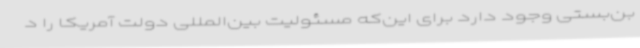
بن‌بستی وجود دارد برای این‌که مسئولیت بین‌المللی دولت آمریکا را د